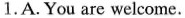
1.A.You are welcome.